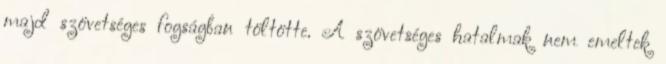
majd szövetséges fogságban töltötte. A szövetséges hatalmak nem emeltek